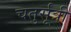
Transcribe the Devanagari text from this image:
चतुर्सूत्री